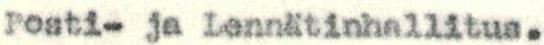
Posti- ja Lennätinhallitus.